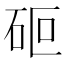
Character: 𮀏